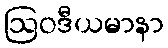
ဩဝဒီယမာနာ